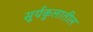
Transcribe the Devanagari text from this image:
सूर्यकुलातील